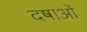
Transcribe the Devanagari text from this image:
दषाओं